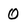
Character: 0